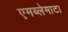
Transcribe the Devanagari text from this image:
एमब्लेमाटा